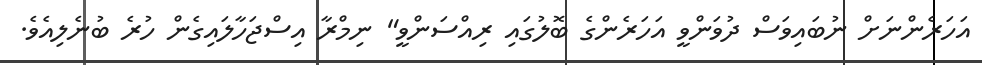
އަހަރެންނަށް ނުބައިވަސް ދުވަންވީ އަހަރެންގެ ބޮލުގައި ރިއްސަންވީ" ނިމްރާ އިސްޖަހާލައިގެން ހުރެ ބުނެލިއެވެ.